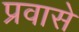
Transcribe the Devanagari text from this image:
प्रवासे